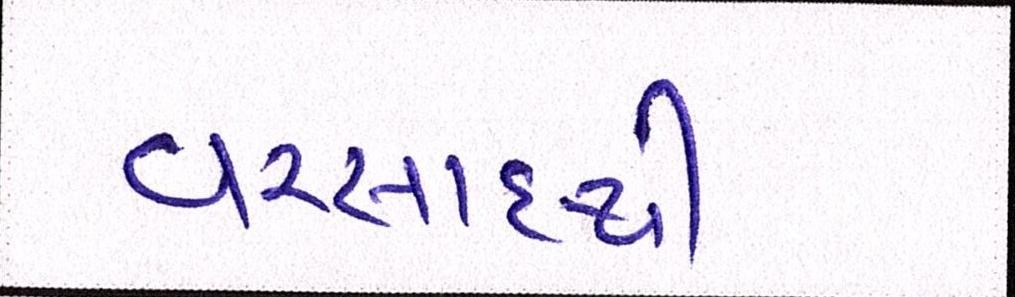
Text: વરસાદથી